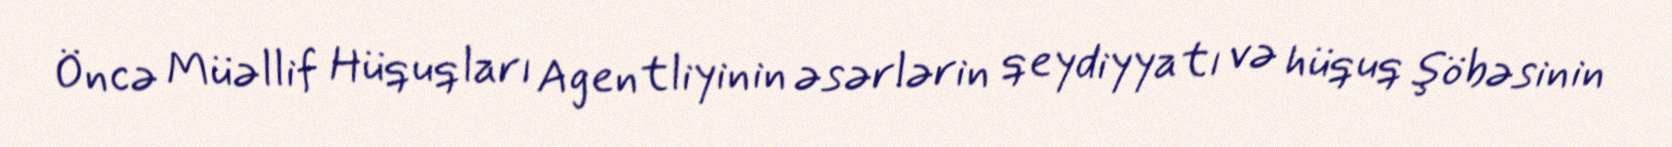
Öncə Müəllif Hüquqları Agentliyinin əsərlərin qeydiyyatı və hüquq şöbəsinin